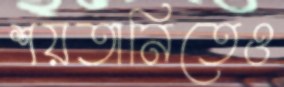
শয়তানিতেও